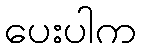
ပေးပါက